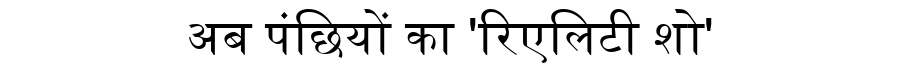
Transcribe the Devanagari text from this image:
अब पंछियों का 'रिएलिटी शो'